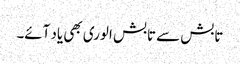
تابش سے تابش الوری بھی یاد آئے۔